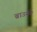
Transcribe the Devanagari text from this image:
ब्राउनने